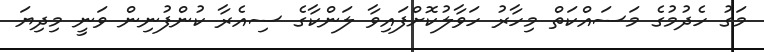
މަގު ހެދުމުގެ މަސައްކަތް މިހާރު ހަވާލުކޮށްފައިވާ ލަންކާގެ ސިއެރާ ކުންފުނިން ވަނީ މިދިޔަ